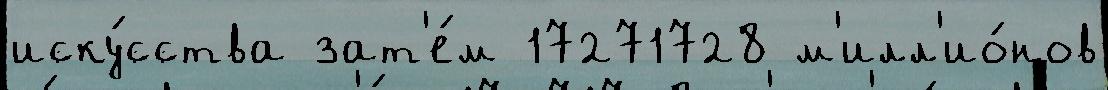
иску́сства зат'е́м 17271728 м'илл'ио́нов